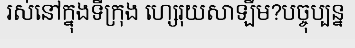
រស់នៅក្នុងទីក្រុង ហ្សេរុយសាឡឹម?បច្ចុប្បន្ន